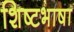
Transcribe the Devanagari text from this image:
शिष्टभाषा